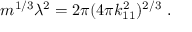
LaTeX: m ^ { 1 / 3 } \lambda ^ { 2 } = 2 \pi ( 4 \pi k _ { 1 1 } ^ { 2 } ) ^ { 2 / 3 } \ .